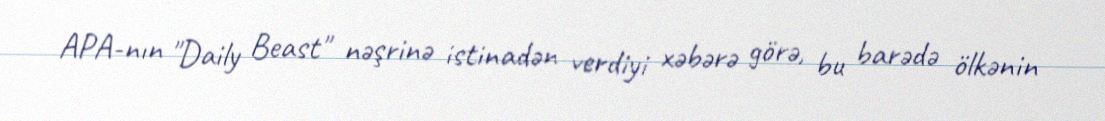
APA-nın "Daily Beast" nəşrinə istinadən verdiyi xəbərə görə, bu barədə ölkənin